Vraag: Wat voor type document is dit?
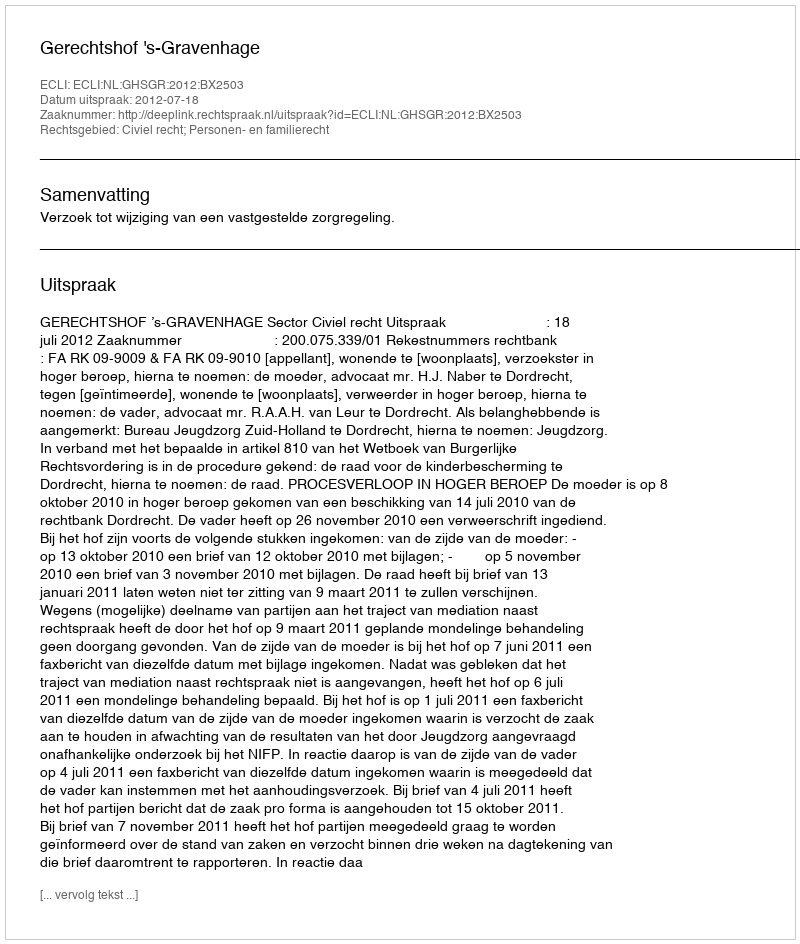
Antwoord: Uitspraak